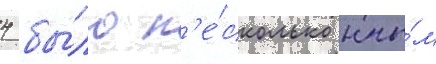
4 бы́ло н'е́сколько ины́м